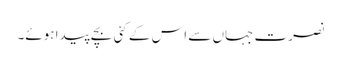
نصرت جہاں سے اس کے کئی بچے پیدا ہوئے۔